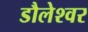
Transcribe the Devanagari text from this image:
डौलेश्वर